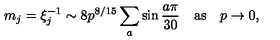
m _ { j } = \xi _ { j } ^ { - 1 } \sim 8 p ^ { 8 / 1 5 } \sum _ { a } \sin \frac { a \pi } { 3 0 } \quad \mathrm { a s } \quad p \to 0 ,